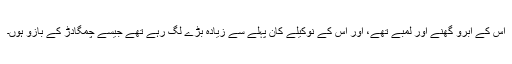
اس کے ابرو گھنے اور لمبے تھے، اور اس کے نوکیلے کان پہلے سے زیادہ بڑے لگ رہے تھے جیسے چمگادڑ کے بازو ہوں۔